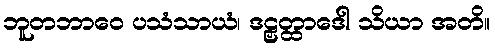
ဘူတဘာဝေ ပသံသာယံ၊ ဒဠှတ္ထာဒေါ သိယာ အတိ။